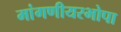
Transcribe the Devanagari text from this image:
मांगणीयरभोपा